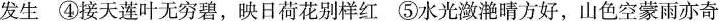
发生 ④接天莲叶无穷碧，映日荷花别样红 ⑤水光潋滟晴方好，山色空蒙雨亦奇